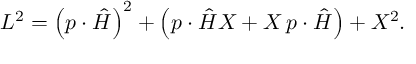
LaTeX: L ^ { 2 } = \left( p \cdot \hat { H } \right) ^ { 2 } + \left( p \cdot \hat { H } X + X \, p \cdot \hat { H } \right) + X ^ { 2 } .